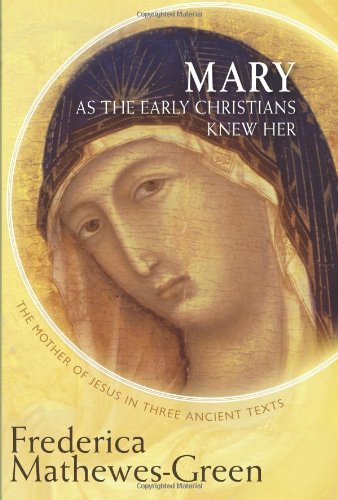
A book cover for Mary As the Early Christians Knew Her: The Mother of Jesus in Three Ancient Texts; Frederica Mathewes-Green; Christian Books & Bibles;